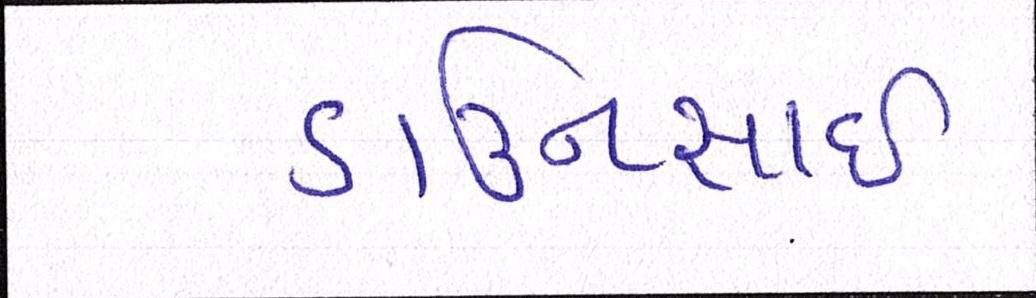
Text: ડાઉનસાઇ